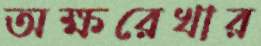
অক্ষরেখার